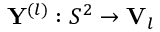
\mathbf { Y } ^ { ( l ) } : S ^ { 2 } \rightarrow \mathbf { V } _ { l }